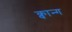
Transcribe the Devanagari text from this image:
क्वान्ग